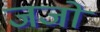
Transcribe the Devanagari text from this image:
जजो